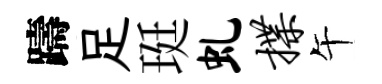
躊足珽虬揲午